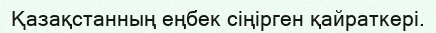
Қазақстанның еңбек сіңірген қайраткері.